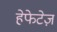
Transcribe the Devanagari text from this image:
हेफेटेज़